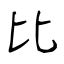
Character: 比